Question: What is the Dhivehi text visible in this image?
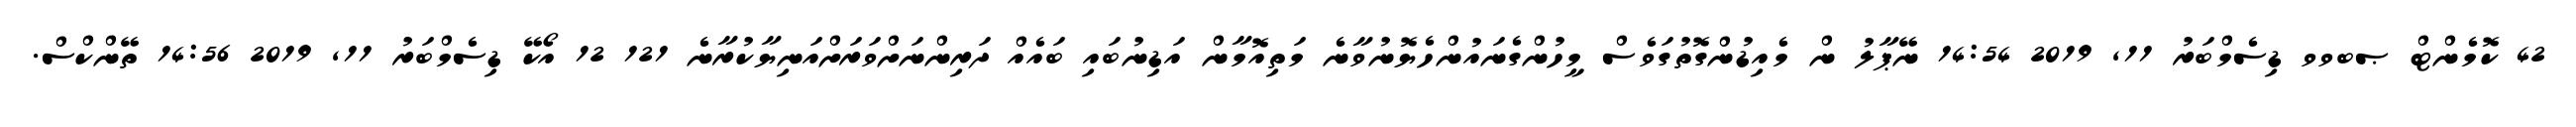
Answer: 42 ކޮމެންޓް ޞބވވ ޑިސެމްބަރު 11, 2019 14:54 ނޭޕާލު ން މެއިޑުންގޮތުގަވެސް މީހުންގެނައުންހެޔޮނުވާނެ މަތިއޮމާން އަޑިނުބައި ބައެއް ދަރިންނަށްވަރަށްއަނިޔާކުރާނެ 121 12 އޯކޭ ޑިސެމްބަރު 11, 2019 14:56 ތޭންކްސް.